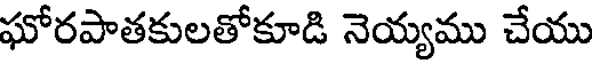
ఘోరపాతకులతోకూడి నెయ్యము చేయు